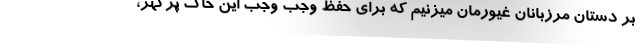
بر دستان مرزبانان غیورمان میزنیم که برای حفظ وجب وجب این خاک پرگهر،